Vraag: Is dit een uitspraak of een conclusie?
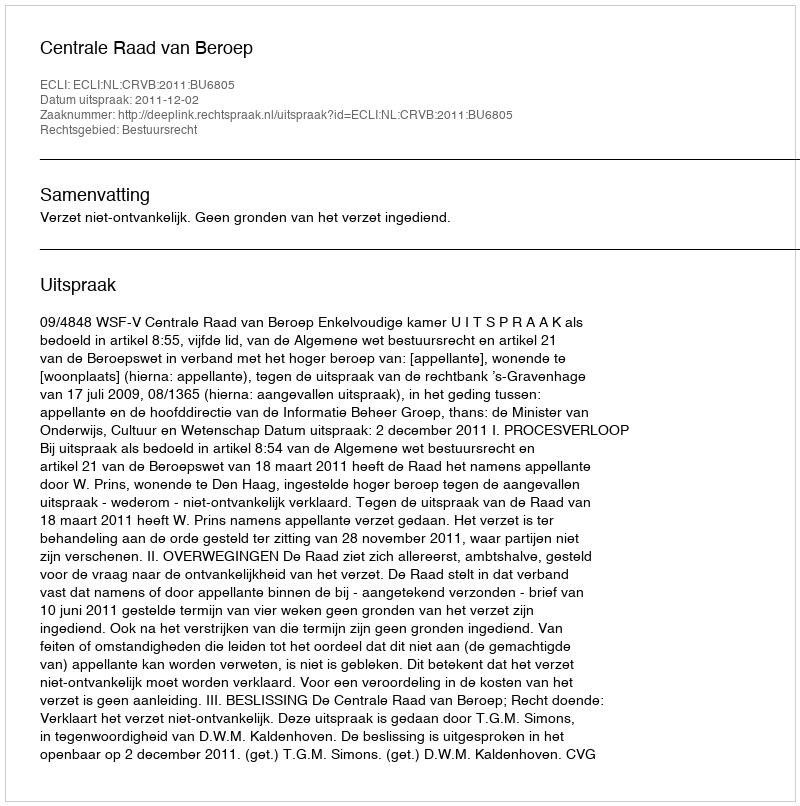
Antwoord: Uitspraak